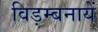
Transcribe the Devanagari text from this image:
विड़म्बनायें